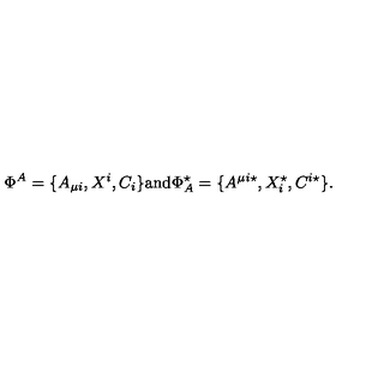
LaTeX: \Phi ^ { A } = \{ A _ { \mu i } , X ^ { i } , C _ { i } \} \mathrm { a n d } \Phi _ { A } ^ { \star } = \{ A ^ { \mu i \star } , X _ { i } ^ { \star } , C ^ { i \star } \} .